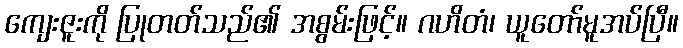
ကျေးဇူးကို ပြုတတ်သည်၏ အစွမ်းဖြင့်။ ဂဟိတံ၊ ယူတော်မူအပ်ပြီ။